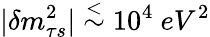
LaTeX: |\delta m_{\tau s}^{2}|\stackrel{<}{\sim}10^{4}\ eV^{2}